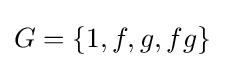
G=\left\{1,f,g,fg\right\}